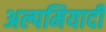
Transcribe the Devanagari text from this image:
अल्पमियादी